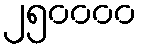
၂၅၀၀၀၀